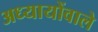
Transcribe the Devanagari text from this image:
अध्यायोंवाले